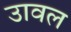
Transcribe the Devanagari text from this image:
उावल